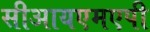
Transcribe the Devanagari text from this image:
सीआयएमएपी